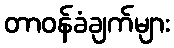
တာဝန်ခံချက်များ